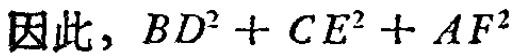
因此，\(BD^{2}+CE^{2}+AF^{2}\)